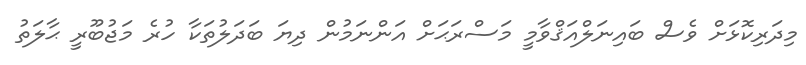
މިދަރިކޮޅަށް ވެސް ބައިނަލްއަޤްވާމީ މަސްރަޙަށް އަންނަމުން ދިޔަ ބަދަލުތަކާ ހުރެ މަޖުބޫރީ ޙާލަތު